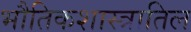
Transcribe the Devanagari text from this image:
भौतिकशास्त्रातिल